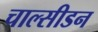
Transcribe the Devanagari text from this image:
चाल्सीडन